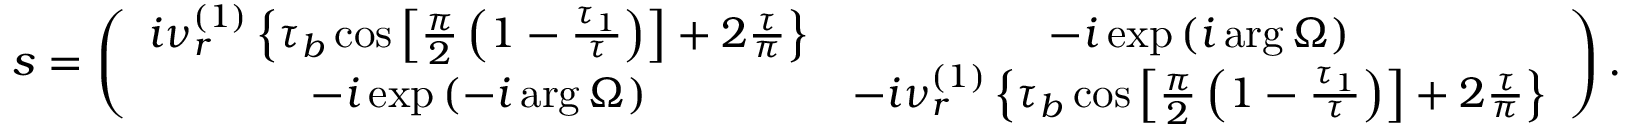
s = \left( \begin{array} { c c } { i \nu _ { r } ^ { \left( 1 \right) } \left\{ \tau _ { b } \cos \left[ \frac { \pi } { 2 } \left( 1 - \frac { \tau _ { 1 } } { \tau } \right) \right] + 2 \frac { \tau } { \pi } \right\} } & { - i \exp \left( i \arg \Omega \right) } \\ { - i \exp \left( - i \arg \Omega \right) } & { - i \nu _ { r } ^ { \left( 1 \right) } \left\{ \tau _ { b } \cos \left[ \frac { \pi } { 2 } \left( 1 - \frac { \tau _ { 1 } } { \tau } \right) \right] + 2 \frac { \tau } { \pi } \right\} } \end{array} \right) .